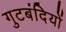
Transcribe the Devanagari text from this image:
गुटबंदियों